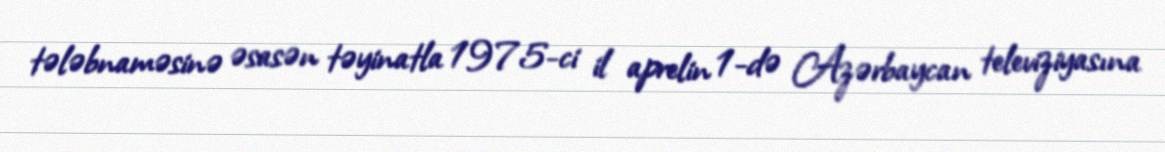
tələbnaməsinə əsasən təyinatla 1975-ci il aprelin 1-də Azərbaycan televiziyasına